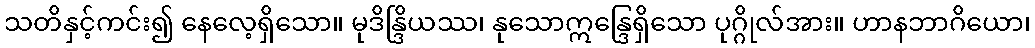
သတိနှင့်ကင်း၍ နေလေ့ရှိသော။ မုဒိန္ဒြိယဿ၊ နုသောဣန္ဒြေရှိသော ပုဂ္ဂိုလ်အား။ ဟာနဘာဂိယော၊